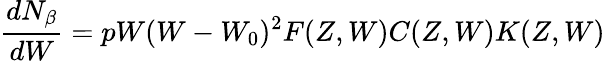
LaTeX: \frac{dN_{\beta}}{dW}=pW(W-W_{0})^{2}F(Z,W)C(Z,W)K(Z,W)